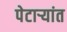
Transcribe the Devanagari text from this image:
पेटाऱ्यांत